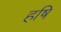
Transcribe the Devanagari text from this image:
हषि